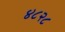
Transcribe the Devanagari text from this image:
४८२८